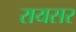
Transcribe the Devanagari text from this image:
रायसर